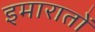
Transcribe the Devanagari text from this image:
इमारातों